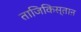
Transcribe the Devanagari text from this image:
ताजिकिस्ताऩ